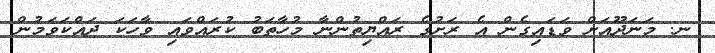
ނ. މަނަދޫއަށް ވަޑައިގެން އެ ރަށުގެ ރައްޔިތުންނާ މުހާތަބު ކުރައްވައި ވާހަކަ ދައްކަވަމުން